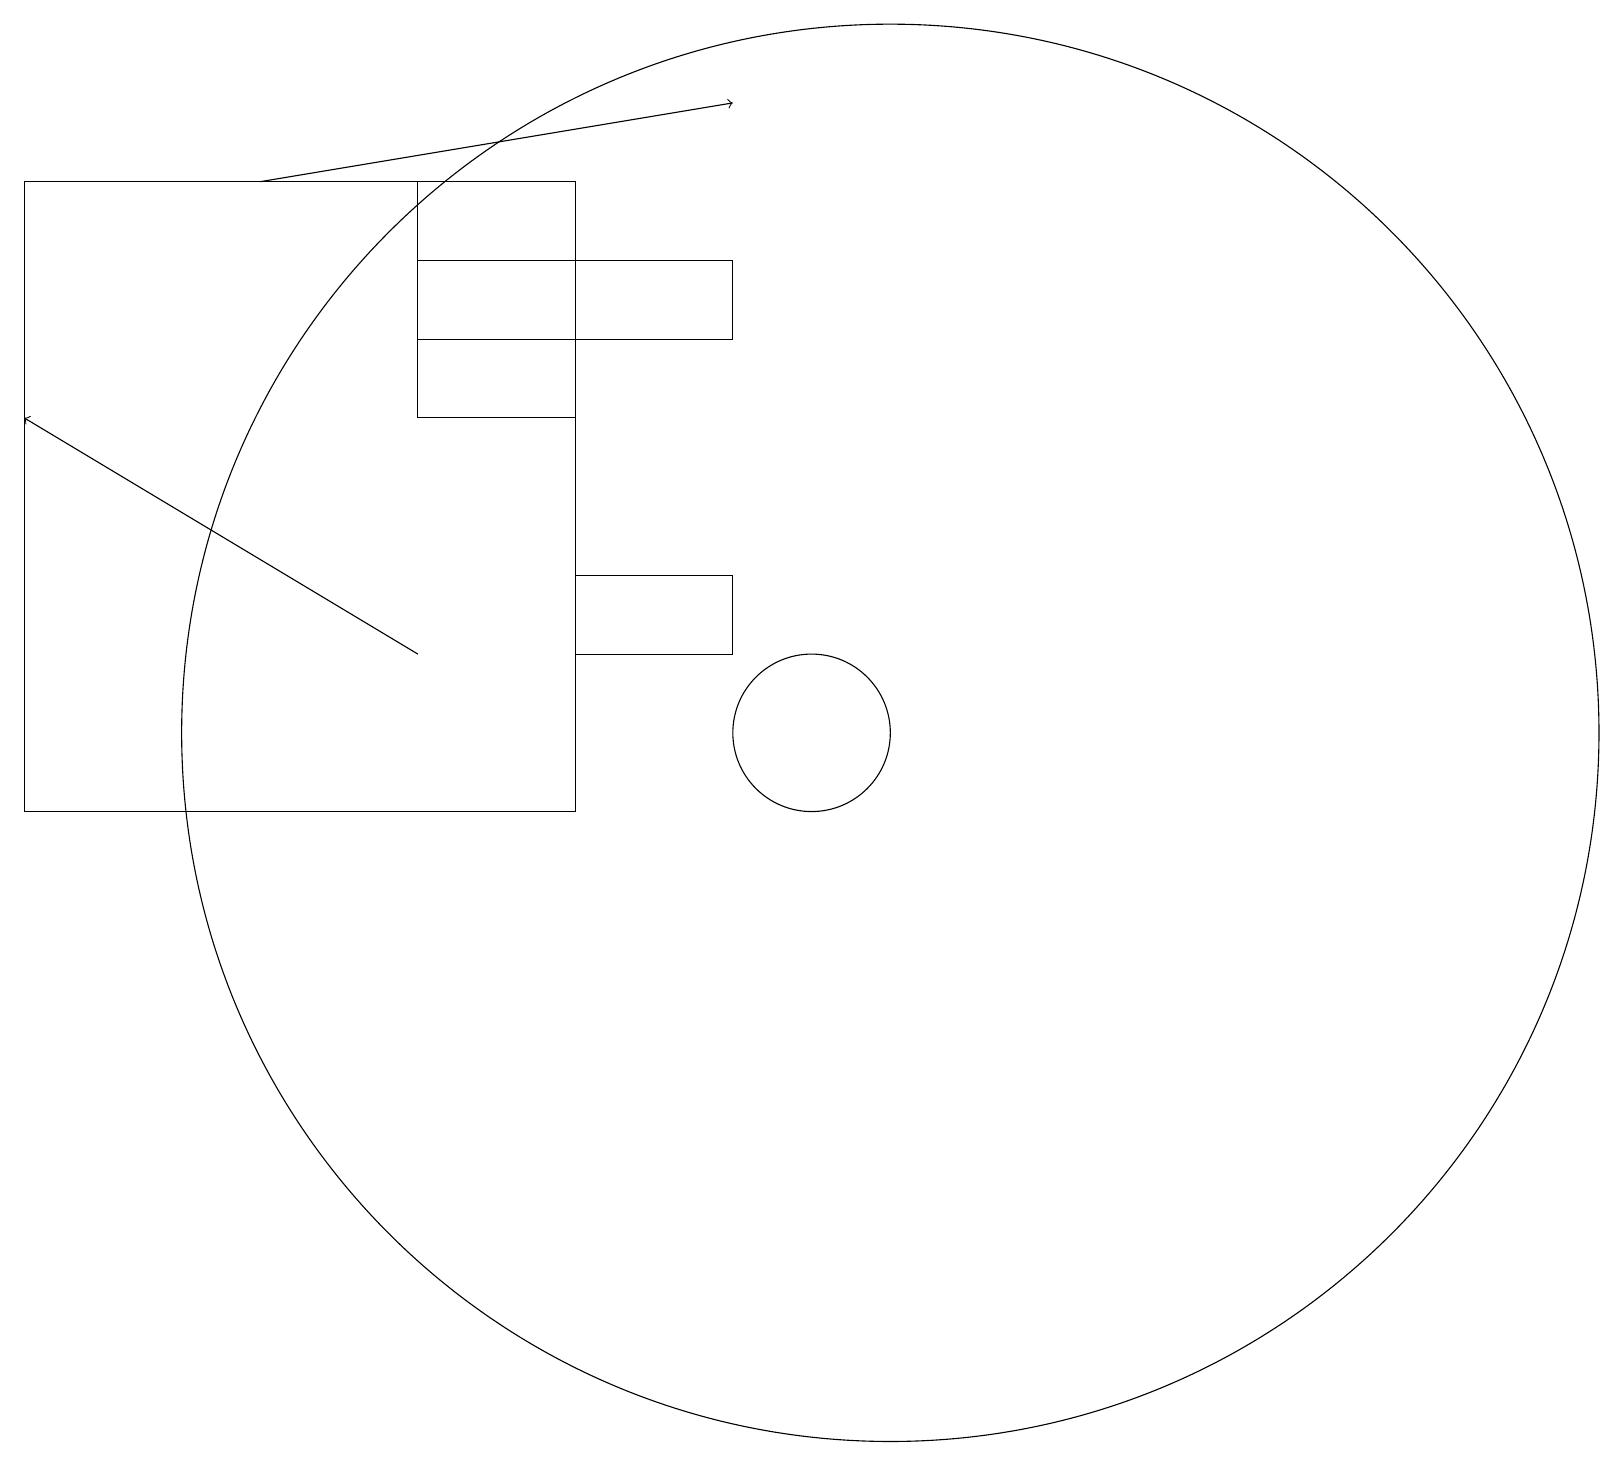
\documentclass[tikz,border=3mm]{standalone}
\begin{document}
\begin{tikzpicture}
\draw (5,15) rectangle (7,18);
\draw[->] (5,12) -- (0,15);
\draw (0,18) rectangle (7,10);
\draw (9,17) rectangle (5,16);
\draw (11,11) circle (9);
\draw[->] (3,18) -- (9,19);
\draw (9,13) rectangle (7,12);
\draw (10,11) circle (1);
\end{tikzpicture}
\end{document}